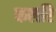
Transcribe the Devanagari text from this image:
कलरि